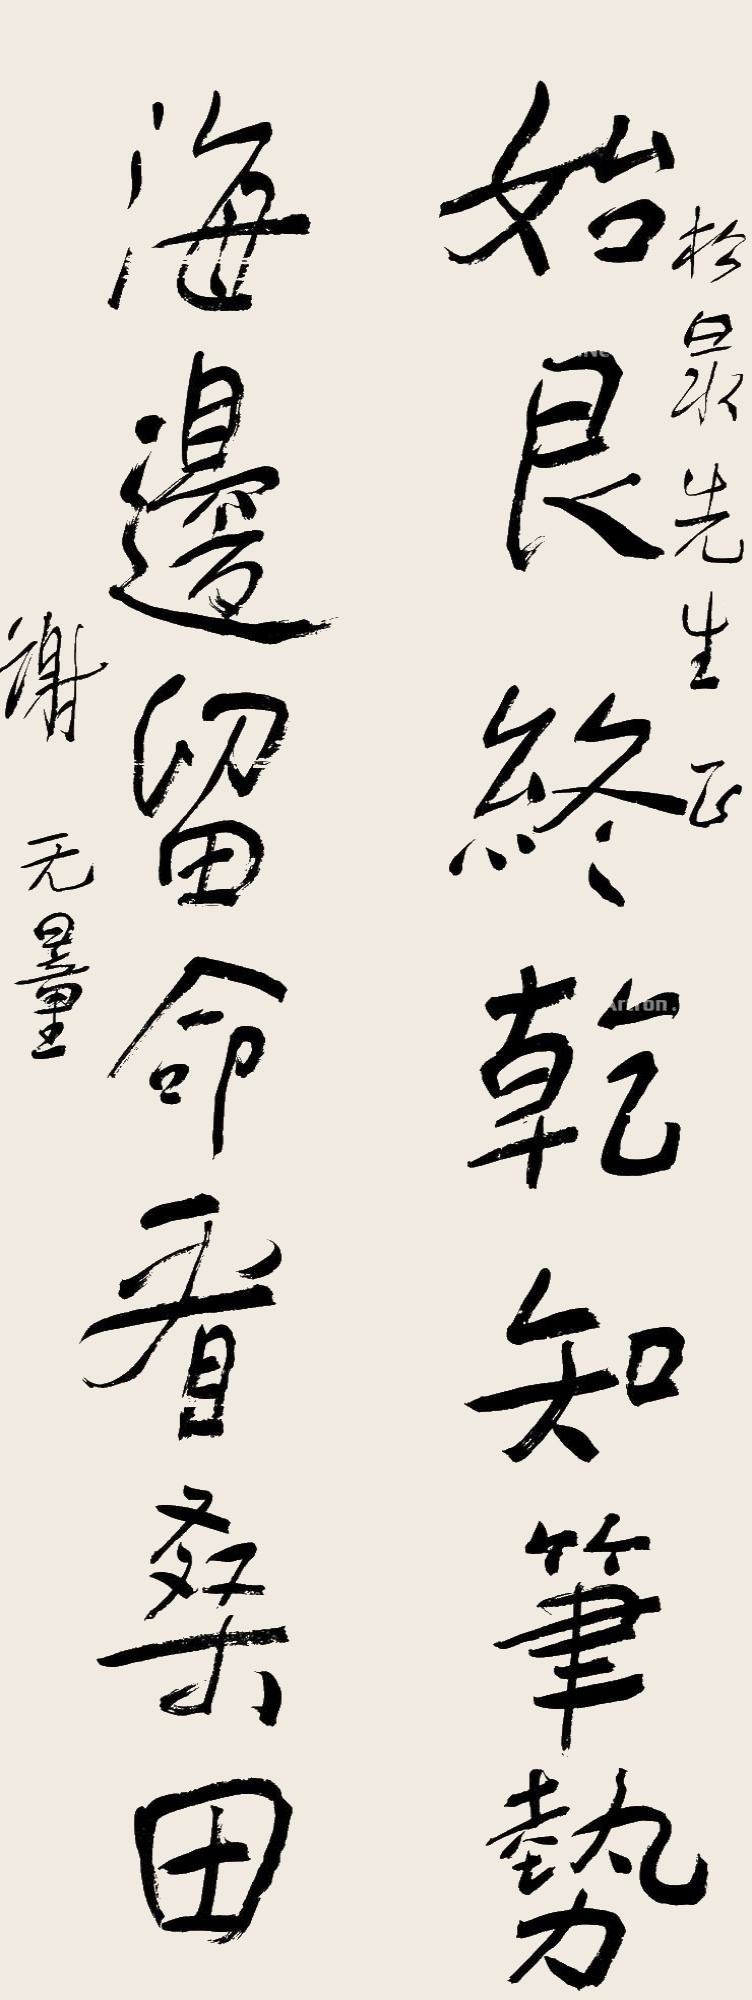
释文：始艮终干知笔势，海边留命看桑田。松泉先生正。谢无量。